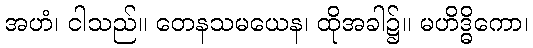
အဟံ၊ ငါသည်။ တေနသမယေန၊ ထိုအခါ၌။ မဟိဒ္ဓိကော၊